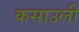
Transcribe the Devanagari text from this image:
कसाउली